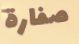
صفارة